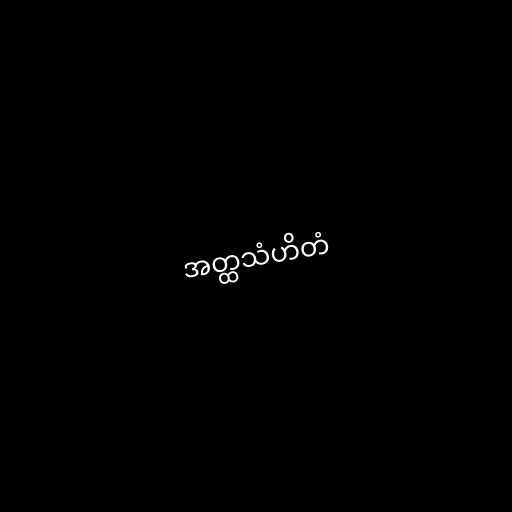
အတ္ထသံဟိတံ